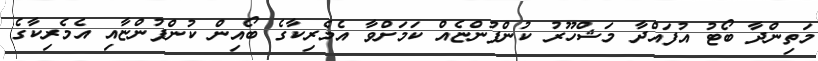
މަތިންދާ ބޯޓު އުފައްދާ މަޝްހޫރު ކުންފުންޏެއް ކަމަށްވާ އެމެރިކާގެ ބޯއިން ކުންފުންޏާއި އެމެރިކާގެ